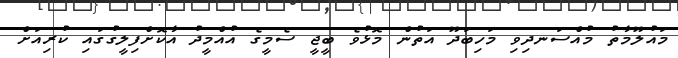
މައުލޫމާތު މުއްސަނދިވި މަހިބަދޫ އަތުން މޮޅުވެ ބީޖީ ސެމީގެ އުއްމީދު އާކޮށްފިލީގުގައި ކުރިއަށް